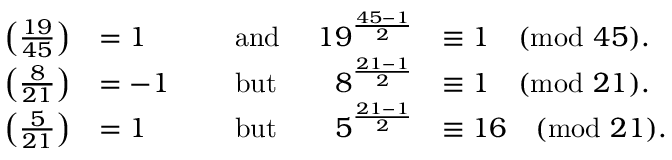
{ \begin{array} { r l r l r l } { \left( { \frac { 1 9 } { 4 5 } } \right) } & { = 1 } & & { { \mathrm { ~ a n d ~ } } } & { 1 9 ^ { \frac { 4 5 - 1 } { 2 } } } & { \equiv 1 { \pmod { 4 5 } } . } \\ { \left( { \frac { 8 } { 2 1 } } \right) } & { = - 1 } & & { { \mathrm { ~ b u t ~ } } } & { 8 ^ { \frac { 2 1 - 1 } { 2 } } } & { \equiv 1 { \pmod { 2 1 } } . } \\ { \left( { \frac { 5 } { 2 1 } } \right) } & { = 1 } & & { { \mathrm { ~ b u t ~ } } } & { 5 ^ { \frac { 2 1 - 1 } { 2 } } } & { \equiv 1 6 { \pmod { 2 1 } } . } \end{array} }